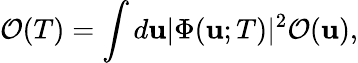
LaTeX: \mathcal{O}(T)=\int d\mathbf{u}|\Phi(\mathbf{u};T)|^{2}\mathcal{O}(\mathbf{u}),